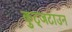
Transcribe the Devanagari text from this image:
कुट्जटाउन